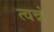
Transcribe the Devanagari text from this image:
त्वन्नं